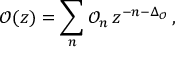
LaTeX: \mathcal { O } ( z ) = \sum _ { n } \mathcal { O } _ { n } \, z ^ { - n - \Delta _ { \mathcal { O } } } \, ,